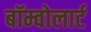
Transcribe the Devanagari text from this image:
बॉम्वोलार्ट